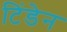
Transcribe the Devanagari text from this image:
टिंडेन